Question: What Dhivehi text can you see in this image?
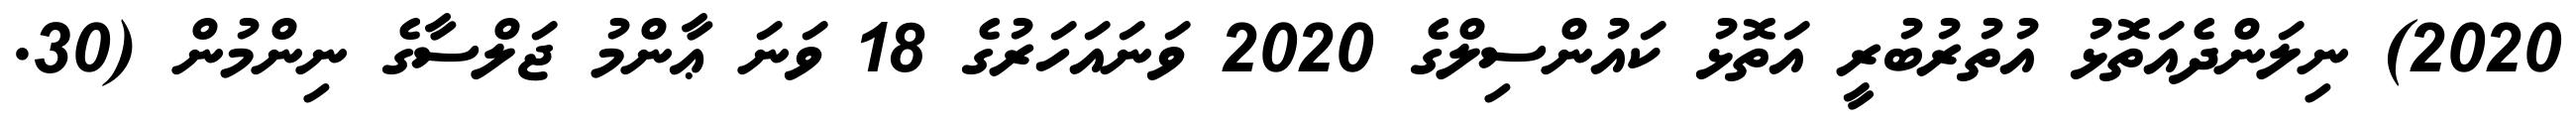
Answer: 2020) ނިލަންދެއަތޮޅު އުތުރުބުރީ އަތޮޅު ކައުންސިލްގެ 2020 ވަނައަހަރުގެ 18 ވަނަ ޢާންމު ޖަލްސާގެ ނިންމުން (30.